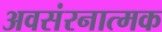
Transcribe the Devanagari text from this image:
अवसंरनात्मक